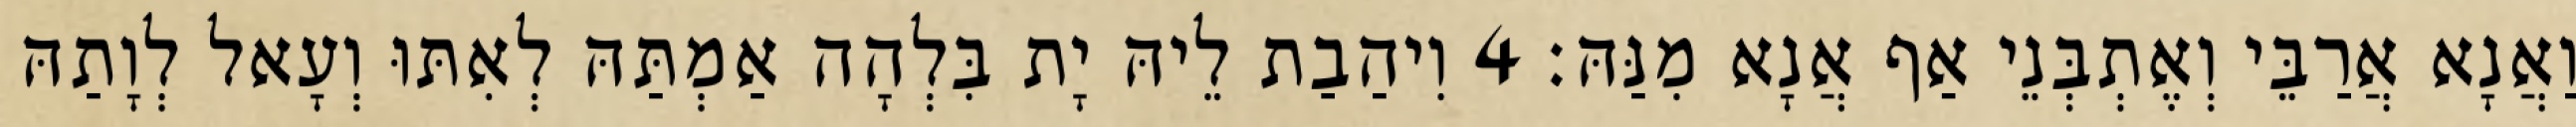
וַאֲנָא אֲרַבֵּי וְאֶתְבְּנֵי אַף אֲנָא מִנַּהּ׃ 4 וִיהַבַת לֵיהּ יָת בִּלְהָה אַמְתַּהּ לְאִתּוּ וְעָאל לְוָתַהּ